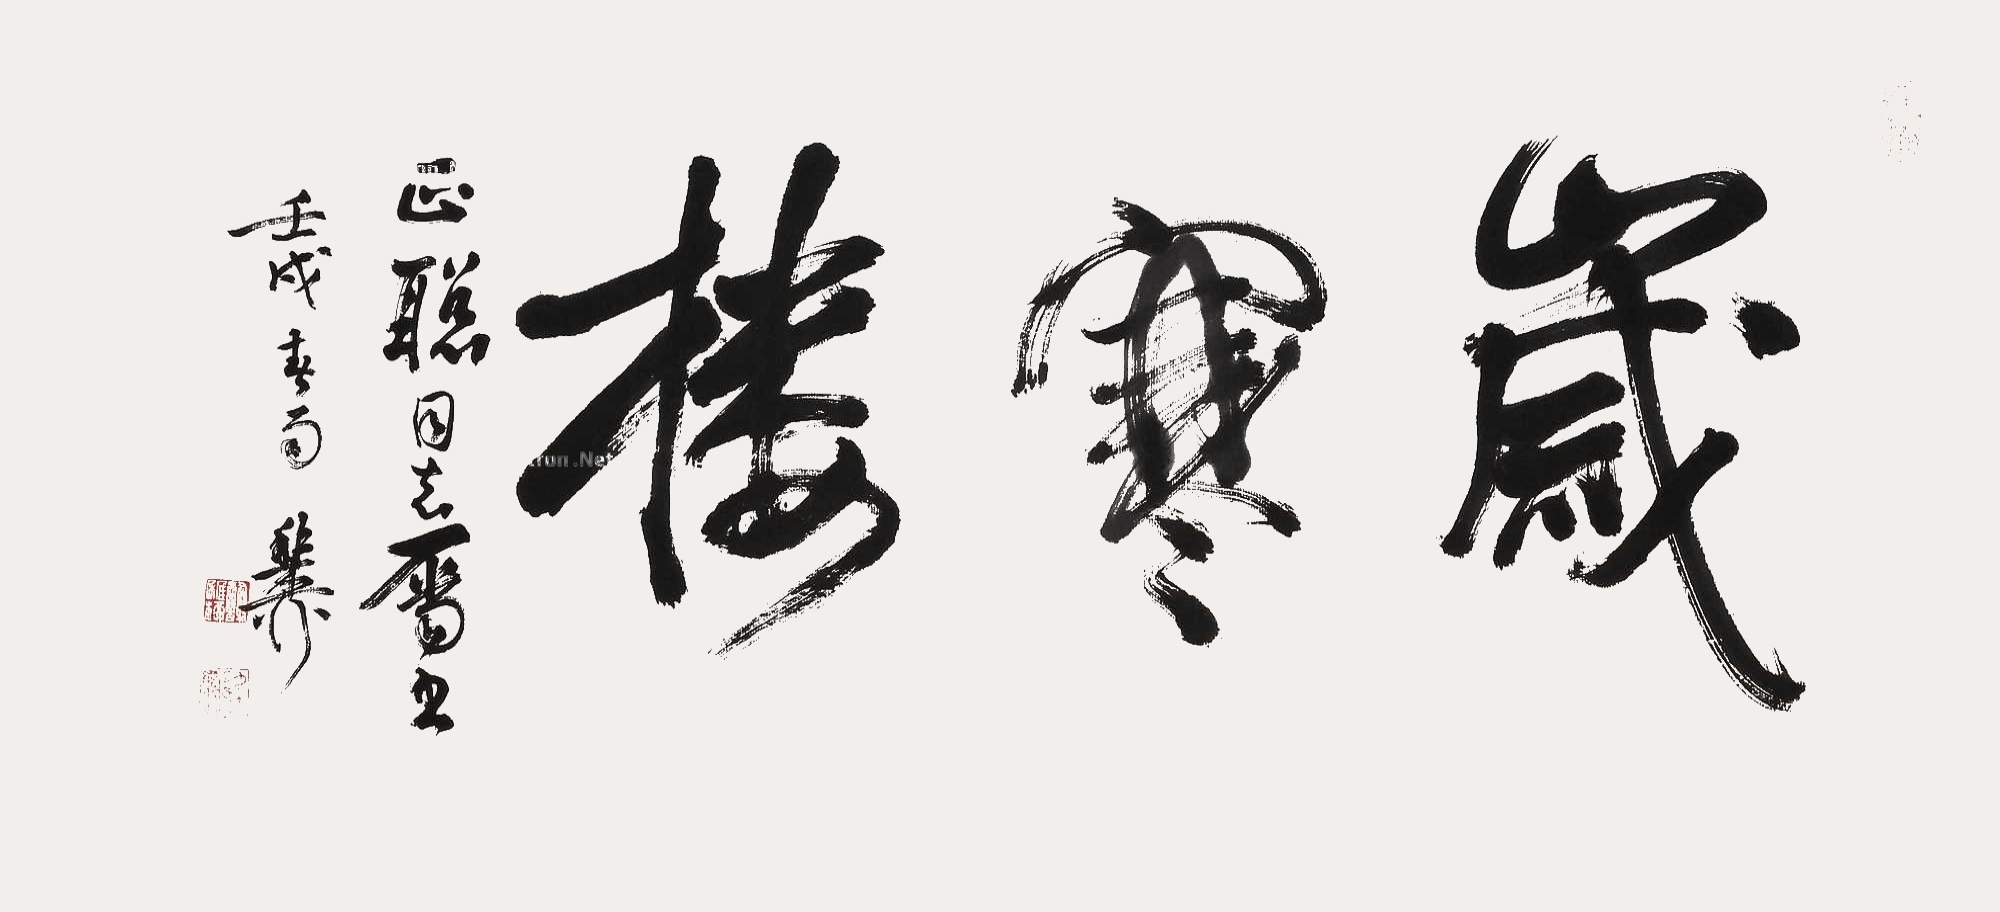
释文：岁寒楼。正聪同志属正。壬戌，春雨，稚柳。